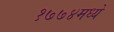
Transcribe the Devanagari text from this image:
१७७४मध्ये